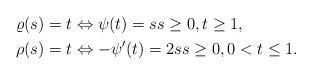
LaTeX: \begin{align*}\begin{aligned}&\varrho(s)= t \Leftrightarrow \psi(t)=s s\geq 0, t\geq 1, \\&\rho(s)= t \Leftrightarrow -\psi^{\prime}(t)=2s s\geq 0, 0<t\leq 1. \end{aligned}\end{align*}